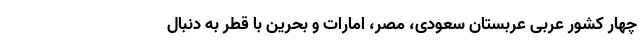
چهار کشور عربی عربستان سعودی، مصر، امارات و بحرین با قطر به دنبال